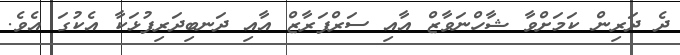
ދެ ދަރިން ކަމަށްވާ ޝާހްނަވާޒް އާއި ސަރްފަރާޒް އާއި ދަނބިދަރިފުޅަކާ އެކުގަ އެވެ.